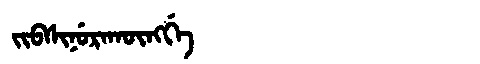
Manchu: ᠵᡳᠪᠰᡳᠨᡠᡵᠠᡴᡡᠩᡤᡝ
Romanization: JIBSINURAKŪNGGE